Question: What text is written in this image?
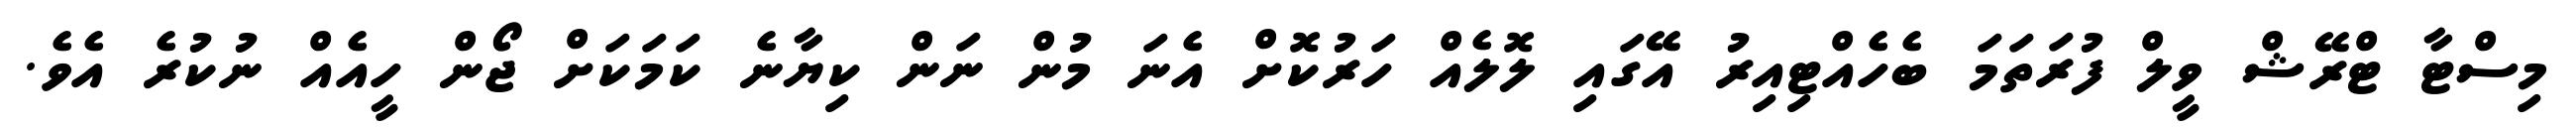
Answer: މިސްޓާ ޓްރޭޝް ވީލް ފުރަތަމަ ބެހެއްޓިއިރު އޭގައި ލޮލެއް ހަރުކޮށް އެނަ މުން ނަން ކިޔާނެ ކަމަކަށް ޖޯން ހީއެއް ނުކުރެ އެވެ.